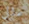
مثل